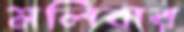
মলিবার